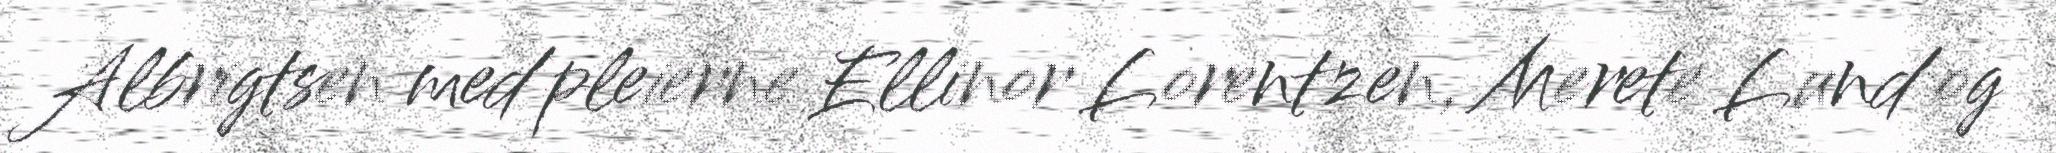
Albrigtsen med pleierne Ellinor Lorentzen, Merete Lund og